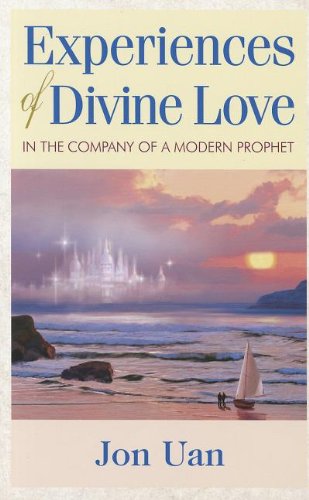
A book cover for Experiences of Divine Love in the Company of a Modern Prophet; Jon Uan; Religion & Spirituality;